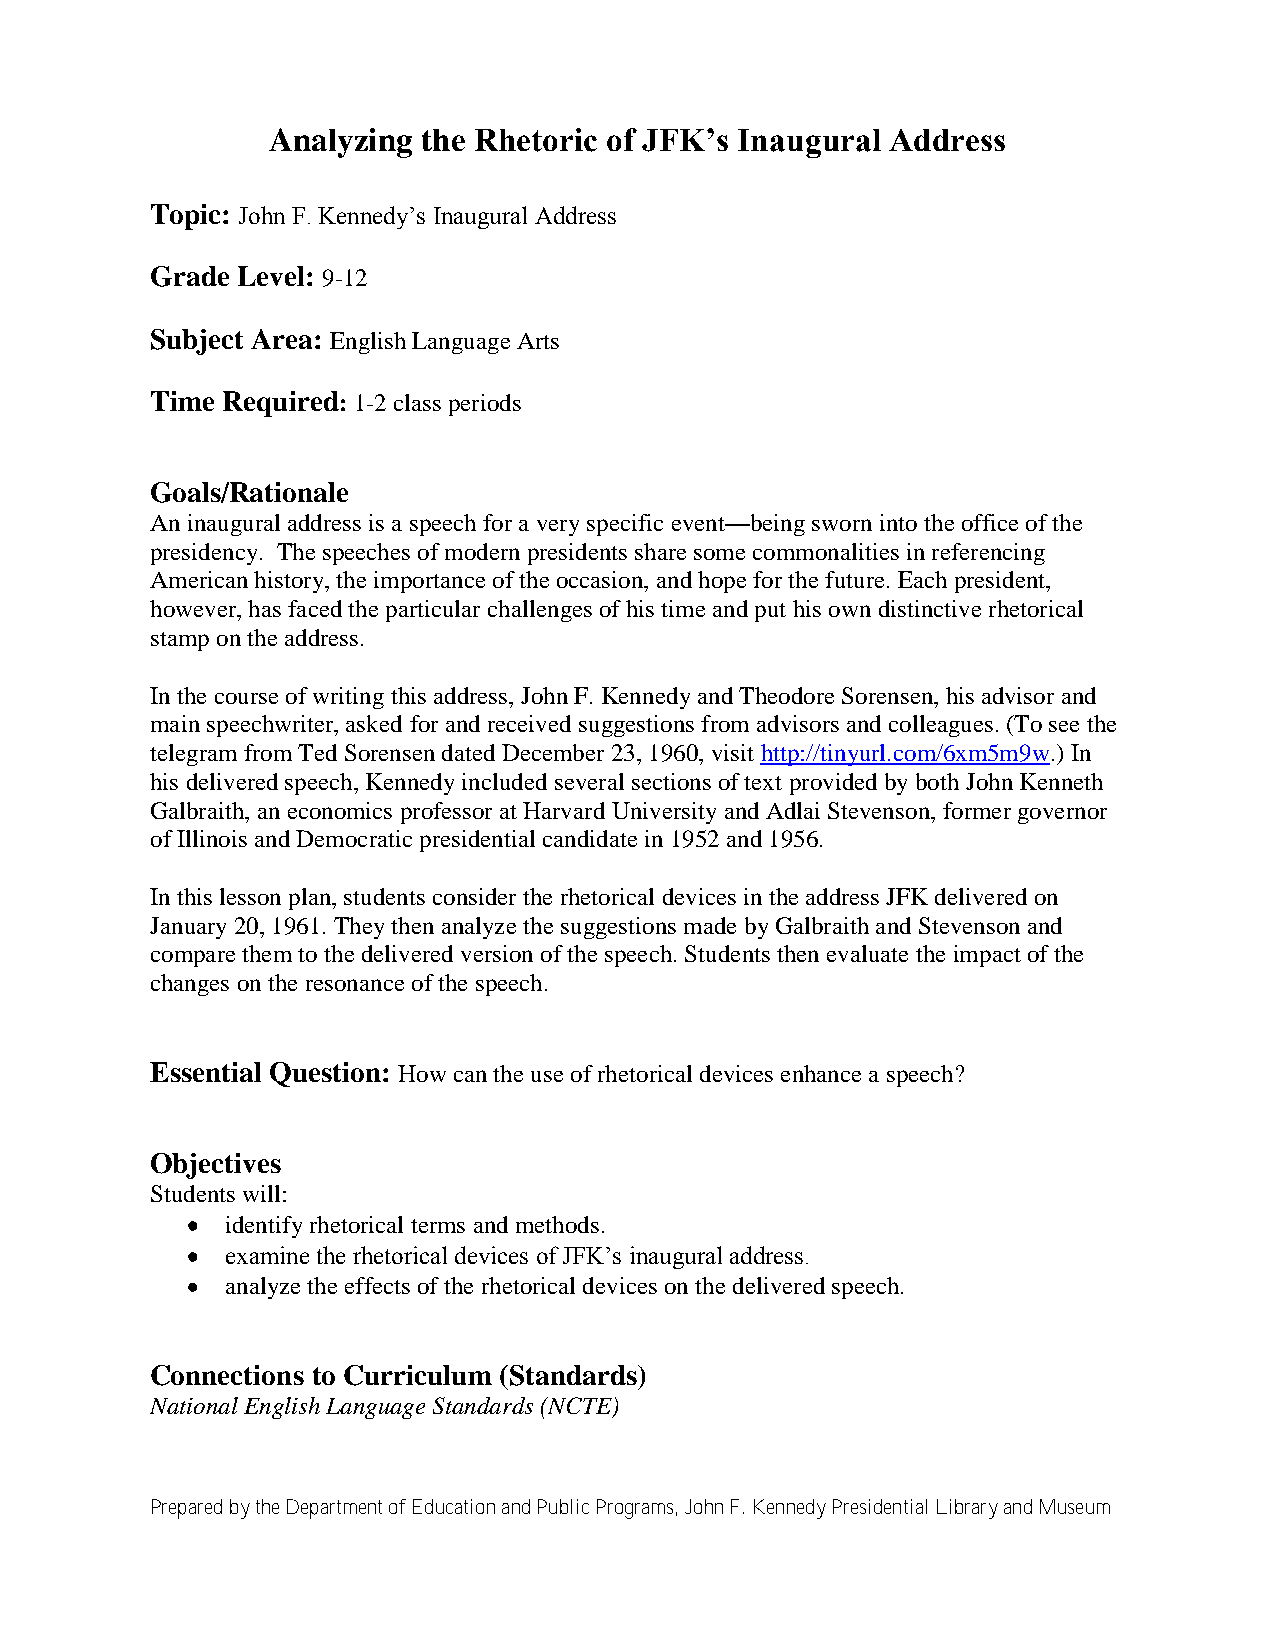
Analyzing the Rhetoric of JFK’s Inaugural Address
 Topic: John F. Kennedy’s Inaugural Address
 Grade Level: 9-12
 Subject Area: English Language Arts
 Time Required: 1-2 class periods
 Goals/Rationale
 An inaugural address is a speech for a very specific event—being sworn into the office of the
 presidency. The speeches of modern presidents share some commonalities in referencing
 American history, the importance of the occasion, and hope for the future. Each president,
 however, has faced the particular challenges of his time and put his own distinctive rhetorical
 stamp on the address.
 In the course of writing this address, John F. Kennedy and Theodore Sorensen, his advisor and
 main speechwriter, asked for and received suggestions from advisors and colleagues. (To see the
 telegram from Ted Sorensen dated December 23, 1960, visit http://tinyurl.com/6xm5m9w.) In
 his delivered speech, Kennedy included several sections of text provided by both John Kenneth
 Galbraith, an economics professor at Harvard University and Adlai Stevenson, former governor
 of Illinois and Democratic presidential candidate in 1952 and 1956.
 In this lesson plan, students consider the rhetorical devices in the address JFK delivered on
 January 20, 1961. They then analyze the suggestions made by Galbraith and Stevenson and
 compare them to the delivered version of the speech. Students then evaluate the impact of the
 changes on the resonance of the speech.
 Essential Question: How can the use of rhetorical devices enhance a speech?
 Objectives
 Students will:
 identify rhetorical terms and methods.
 examine the rhetorical devices of JFK’s inaugural address.
 analyze the effects of the rhetorical devices on the delivered speech.
 Connections to Curriculum (Standards)
 National English Language Standards (NCTE)
 Prepared by the Department of Education and Public Programs, John F. Kennedy Presidential Library and Museum